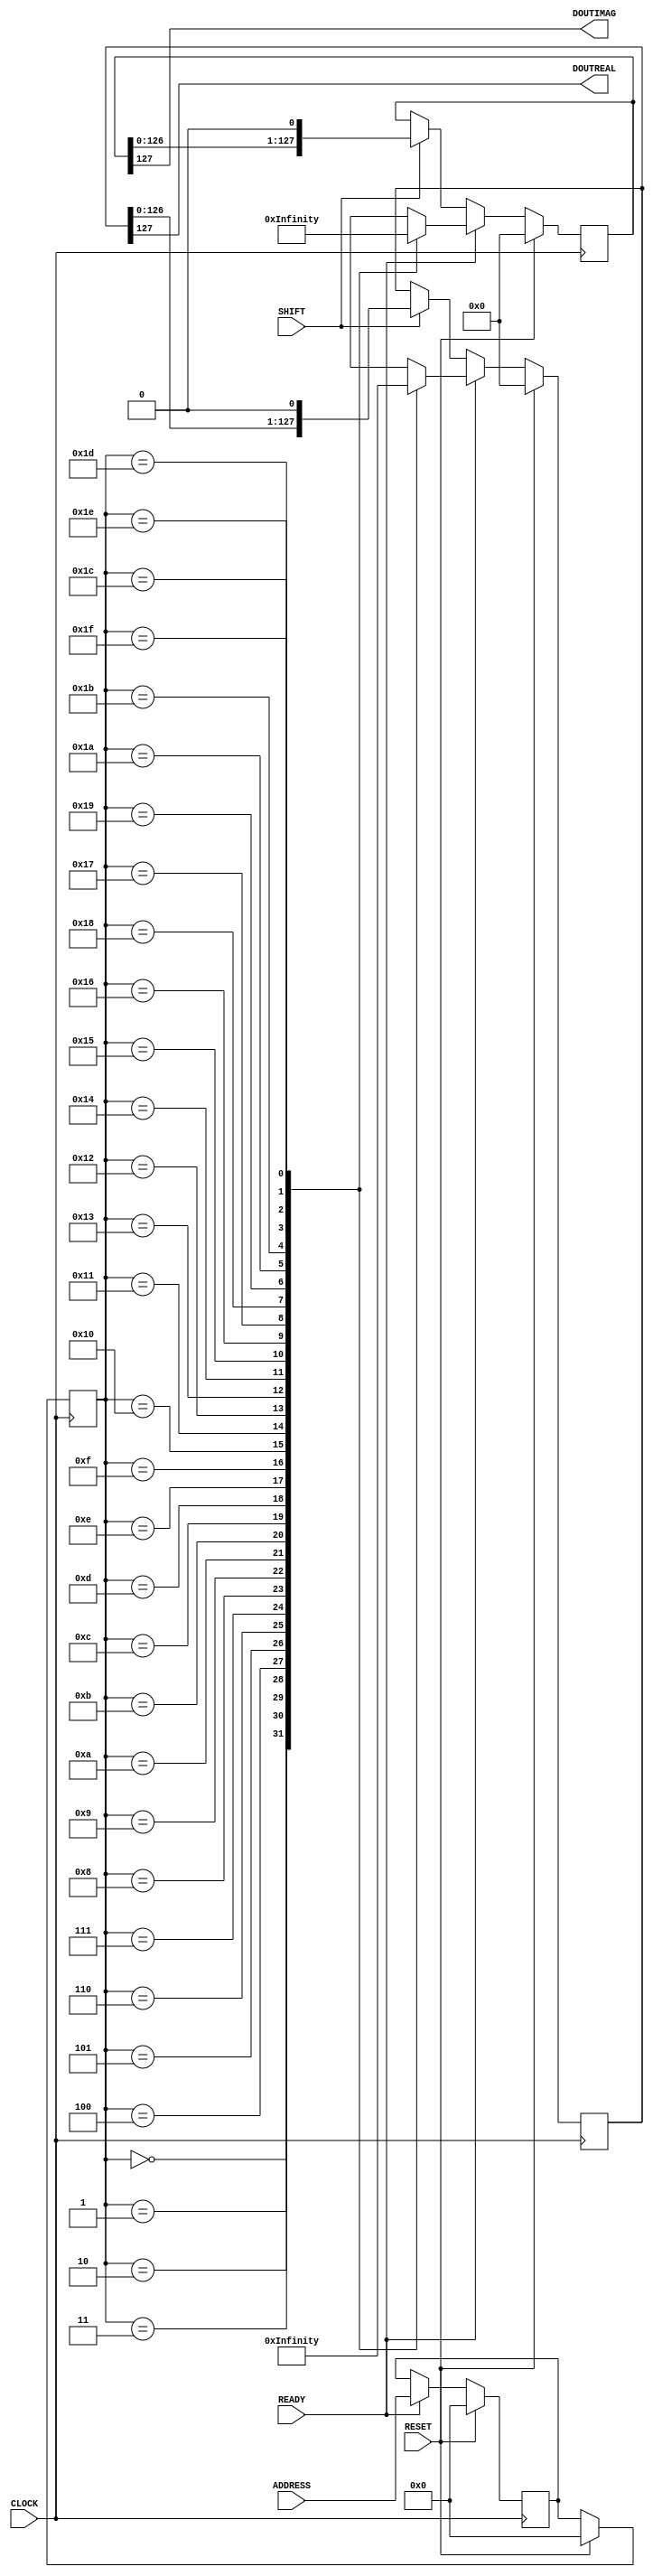
module SymbLUT(CLOCK, RESET, READY, SHIFT, ADDRESS, DOUTREAL, DOUTIMAG);
	input wire CLOCK;
	input wire RESET;
	input wire READY;
	input wire SHIFT;
	input wire [4:0] ADDRESS;
	output reg DOUTREAL;
	output reg DOUTIMAG;

	wire [127:0] dataREAL [31:0];
	wire [127:0] dataIMAG [31:0];
	reg [4:0]	 dataADDR_d,dataADDR_q;
	reg [127:0] databuffREAL,databuffIMAG;

	always @(*)
	 	begin
			DOUTREAL = databuffREAL[127];
			DOUTIMAG = databuffIMAG[127];
		end

	always @(posedge CLOCK)
		begin
			if(RESET)
			begin
				dataADDR_d <= 0;
				databuffREAL <= 0;
				databuffIMAG <= 0;
			end
			else
			begin

			/////////// UPDATE LUT ADDRESS  ////////////

				if(READY)
				begin
					dataADDR_d <= ADDRESS;
					databuffREAL <= dataREAL[dataADDR_q];
					databuffIMAG <= dataIMAG[dataADDR_q];
				end
				else
				begin
					dataADDR_d <= dataADDR_d;

					if(SHIFT)
					begin
						databuffREAL <= {databuffREAL[126:0],1'b0};
						databuffIMAG <= {databuffIMAG[126:0],1'b0};
					end
				end

			/////////// 	SHIFT DATA		 ////////////

			end
		end

	always @(posedge CLOCK)
		begin
			if(RESET)
			begin
				dataADDR_q <= 0;
			end
			else
			begin
				dataADDR_q <= dataADDR_d;
			end
		end

	assign dataREAL[0] = 128'b00110000000011001100001110000011100110111111111001111100111111011101111110011111001111111110110011100000111000011001100000000110;
	assign dataREAL[1] = 128'b00011000000110011000001101100011110011001101110011111001001110111110111001001111100111011001100111100011011000001100110000001100;
	assign dataIMAG[0] = 128'b11100100111110011001111100111111001111111111110111100001111100111001100000111100001000000000000110000001100000110011000001101100;
	assign dataIMAG[1] = 128'b11110011011100111100111011001111101110111011100111100011111000111001110000011100001100010001000110000110010001100001100010011000;
	assign dataREAL[2] = 128'b00001100011001001000000110000011101000110011000011111100111111111111111110011111100001100110001011100000110000001001001100011000;
	assign dataREAL[3] = 128'b00011100000100110010001111000110110001101111100111111000111101110111011110001111110011111011000110110001111000100110010000011100;
	assign dataREAL[4] = 128'b00100011000011001000110000110001101100011110011011100111001111001001111001110011101100111100011011000110000110001001100001100010;
	assign dataREAL[5] = 128'b00000001000011110000011001100000111010011100100111111011001111110111111001101111110010011100101110000011001100000111100001000000;
	assign dataREAL[6] = 128'b00000110000001100000100110011000111100111111001111101110111111100011111110111011111001111110011110001100110010000011000000110000;
	assign dataREAL[7] = 128'b10001100000000110001001100000100111000011111000110011111011111100011111101111100110001111100001110010000011001000110000000011000;
	assign dataREAL[8] = 128'b00100000011000001100000000010011000111110001111001100111111110011100111111110011001111000111110001100100000000011000001100000010;
	assign dataREAL[9] = 128'b00010001101100001110001001100110000111001001111110110011111100111110011111100110111111001001110000110011001000111000011011000100;
	assign dataREAL[10] = 128'b00000000011000001111100110011101000111110011111111101100111001111111001110011011111111100111110001011100110011111000001100000000;
	assign dataREAL[11] = 128'b10001000011100000011000001001110010011100001110110011011111000111110001111101100110111000011100100111001000001100000011100001000;
	assign dataREAL[12] = 128'b01100001100011001100110000111001001110011110011111100111100111011101110011110011111100111100111001001110000110011001100011000011;
	assign dataREAL[13] = 128'b10000001100100000011011000110100011111001100111110000111101111111111111011110000111110011001111100010110001101100000010011000000;
	assign dataREAL[14] = 128'b11000000010001000001100000011000011100110011011111001111110011111111100111111001111101100110011100001100000011000001000100000001;
	assign dataREAL[15] = 128'b11000000100000110011100000111100011011111001101110011111111001110111001111111100111011001111101100011110000011100110000010000001;
	assign dataREAL[16] = 128'b00111111011111001100011111000011100100000110010001100000000110001000110000000011000100110000010011100001111100011001111101111110;
	assign dataREAL[17] = 128'b00111111101110111110011111100111100011001100100000110000001100000000011000000110000010011001100011110011111100111110111011111110;
	assign dataREAL[18] = 128'b01111110011011111100100111001011100000110011000001111000010000000000000100001111000001100110000011101001110010011111101100111111;
	assign dataREAL[19] = 128'b10011110011100111011001111000110110001100001100010011000011000100010001100001100100011000011000110110001111001101110011100111100;
	assign dataREAL[20] = 128'b01110111100011111100111110110001101100011110001001100100000111000001110000010011001000111100011011000110111110011111100011110111;
	assign dataREAL[21] = 128'b11111111100111111000011001100010111000001100000010010011000110000000110001100100100000011000001110100011001100001111110011111111;
	assign dataREAL[22] = 128'b11101110010011111001110110011001111000110110000011001100000011000001100000011001100000110110001111001100110111001111100100111011;
	assign dataREAL[23] = 128'b11011111100111110011111111101100111000001110000110011000000001100011000000001100110000111000001110011011111111100111110011111101;
	assign dataREAL[24] = 128'b01110011111111001110110011111011000111100000111001100000100000011100000010000011001110000011110001101111100110111001111111100111;
	assign dataREAL[25] = 128'b11111001111110011111011001100111000011000000110000010001000000011100000001000100000110000001100001110011001101111100111111001111;
	assign dataREAL[26] = 128'b11111110111100001111100110011111000101100011011000000100110000001000000110010000001101100011010001111100110011111000011110111111;
	assign dataREAL[27] = 128'b11011100111100111111001111001110010011100001100110011000110000110110000110001100110011000011100100111001111001111110011110011101;
	assign dataREAL[28] = 128'b11100011111011001101110000111001001110010000011000000111000010001000100001110000001100000100111001001110000111011001101111100011;
	assign dataREAL[29] = 128'b11110011100110111111111001111100010111001100111110000011000000000000000001100000111110011001110100011111001111111110110011100111;
	assign dataREAL[30] = 128'b11100111111001101111110010011100001100110010001110000110110001000001000110110000111000100110011000011100100111111011001111110011;
	assign dataREAL[31] = 128'b11001111111100110011110001111100011001000000000110000011000000100010000001100000110000000001001100011111000111100110011111111001;
	assign dataIMAG[0] = 128'b11100100111110011001111100111111001111111111110111100001111100111001100000111100001000000000000110000001100000110011000001101100;
	assign dataIMAG[1] = 128'b11110011011100111100111011001111101110111011100111100011111000111001110000011100001100010001000110000110010001100001100010011000;
	assign dataIMAG[2] = 128'b11111000110011111011111100011111111011101110011111110001110010011011011000111000000011000100010010000011100000010000011001110000;
	assign dataIMAG[3] = 128'b10111000111001100110111100011111100111111111001111110011111001001110110000011000000110000000001100000011100001001100110001110001;
	assign dataIMAG[4] = 128'b11101110001111011011110111110111111001111100111111001100111110011011000001100110000001100000110010001000001000010010000111000100;
	assign dataIMAG[5] = 128'b10110110001111100111110011101111110110111001111111100110011100001111100011001100000000110001001000000100011000001100000111001001;
	assign dataIMAG[6] = 128'b10011100110111000011101100111011110001111110011111011001110110001111001000110010000011000000111000010001100100011110001001100011;
	assign dataIMAG[7] = 128'b10011000001111100111111111111101110011111110011100110011111111001110000000011001100011000000011000100000000000001100000111110011;
	assign dataIMAG[8] = 128'b11100111110000111101111111111110011111100111110011001111100100111001101100000110011000001100000011000000000000100001111000001100;
	assign dataIMAG[9] = 128'b11100011111000111100111011101110111110011011100111100111011001111000110010001100001100010011000011000100010001100001110000011100;
	assign dataIMAG[10] = 128'b11001001110001111111001110111011111111000111111011111001100011111000011100110000010000001110000010010001000110000000111000110110;
	assign dataIMAG[11] = 128'b10010011111001111110011111111100111111000111101100110011100011101100011100011001100100001110000001100000000011000000110000011011;
	assign dataIMAG[12] = 128'b11001111100110011111100111110011111101111101111011011110001110111001000111000010010000100000100010011000001100000011001100000110;
	assign dataIMAG[13] = 128'b10000111001100111111110011101101111110111001111100111110001101101100100111000001100000110001000000100100011000000001100110001111;
	assign dataIMAG[14] = 128'b10001101110011011111001111110001111011100110111000011101100111001110001100100011110001001100010000111000000110000010011000100111;
	assign dataIMAG[15] = 128'b10011111111001100111001111111001110111111111111100111110000011001110011111000001100000000000001000110000000110001100110000000011;
	assign dataIMAG[16] = 128'b11100000000110011000110000000110001000000000000011000001111100111001100000111110011111111111110111001111111001110011001111111100;
	assign dataIMAG[17] = 128'b11110010001100100000110000001110000100011001000111100010011000111001110011011100001110110011101111000111111001111101100111011000;
	assign dataIMAG[18] = 128'b11111000110011000000001100010010000001000110000011000001110010011011011000111110011111001110111111011011100111111110011001110000;
	assign dataIMAG[19] = 128'b10110000011001100000011000001100100010000010000100100001110001001110111000111101101111011111011111100111110011111100110011111001;
	assign dataIMAG[20] = 128'b11101100000110000001100000000011000000111000010011001100011100011011100011100110011011110001111110011111111100111111001111100100;
	assign dataIMAG[21] = 128'b10110110001110000000110001000100100000111000000100000110011100001111100011001111101111110001111111101110111001111111000111001001;
	assign dataIMAG[22] = 128'b10011100000111000011000100010001100001100100011000011000100110001111001101110011110011101100111110111011101110011110001111100011;
	assign dataIMAG[23] = 128'b10011000001111000010000000000001100000011000001100110000011011001110010011111001100111110011111100111111111111011110000111110011;
	assign dataIMAG[24] = 128'b11100111110000011000000000000010001100000001100011001100000000111001111111100110011100111111100111011111111111110011111000001100;
	assign dataIMAG[25] = 128'b11100011001000111100010011000100001110000001100000100110001001111000110111001101111100111111000111101110011011100001110110011100;
	assign dataIMAG[26] = 128'b11001001110000011000001100010000001001000110000000011001100011111000011100110011111111001110110111111011100111110011111000110110;
	assign dataIMAG[27] = 128'b10010001110000100100001000001000100110000011000000110011000001101100111110011001111110011111001111110111110111101101111000111011;
	assign dataIMAG[28] = 128'b11000111000110011001000011100000011000000000110000001100000110111001001111100111111001111111110011111100011110110011001110001110;
	assign dataIMAG[29] = 128'b10000111001100000100000011100000100100010001100000001110001101101100100111000111111100111011101111111100011111101111100110001111;
	assign dataIMAG[30] = 128'b10001100100011000011000100110000110001000100011000011100000111001110001111100011110011101110111011111001101110011110011101100111;
	assign dataIMAG[31] = 128'b10011011000001100110000011000000110000000000001000011110000011001110011111000011110111111111111001111110011111001100111110010011;


endmodule